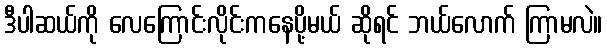
ဒီပါဆယ်ကို လေကြောင်းလိုင်းကနေပို့မယ် ဆိုရင် ဘယ်လောက် ကြာမလဲ။